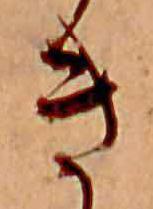
き